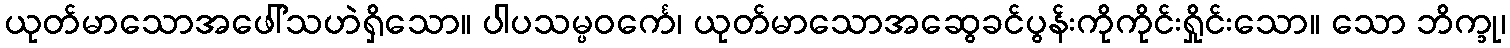
ယုတ်မာသောအဖေါ်သဟဲရှိသော။ ပါပသမ္ပဝင်္ကေ၊ ယုတ်မာသောအဆွေခင်ပွန်းကိုကိုင်းရှိုင်းသော။ သော ဘိက္ခု၊